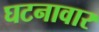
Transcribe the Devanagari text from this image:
घटनावार